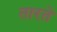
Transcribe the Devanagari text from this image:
तारते